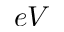
e V